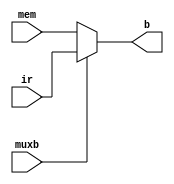
//------------------------------------------------------------------------------
//
// Description: MUX B for the Simple CPU v1
//
// (C) Omkar Kamath, 2022. No part may be reproduced without permission from
//     author.
//------------------------------------------------------------------------------

module mux_b
  (
   muxb,
   mem,
   ir,
   b
   );
   
   input wire           muxb ;
   input wire [7:0] 	mem  ;
   input wire [7:0] 	ir   ;
   
   output reg [7:0] 	b    ;

   //--------------------------------------------------------------------
   //  main  MUX B process
   //--------------------------------------------------------------------
       
   always @(*)
     begin
	if (muxb == 1'b0)
	  begin
	     b <= mem;
	  end
	else
	  begin
	     b <= ir;
	  end
     end // always @ (*)

endmodule // mux_b